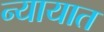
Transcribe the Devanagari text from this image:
न्यायात